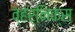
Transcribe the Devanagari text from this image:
व्हर्निक्स